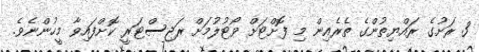
3 ރަށުގެ ރައްޔިތުންގެ ތެރެއިން މި ފޮށްޓަށް ވޯޓުލުމަށް ރަޖިސްޓަރީ ކޮށްފައިވާ މީހުންނެވެ.